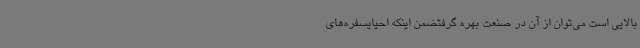
بالایی است می‌توان از آن در صنعت بهره گرفتضمن اینکه احیایسفره‌های